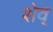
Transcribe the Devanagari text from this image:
शेव्